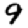
Digit: 9